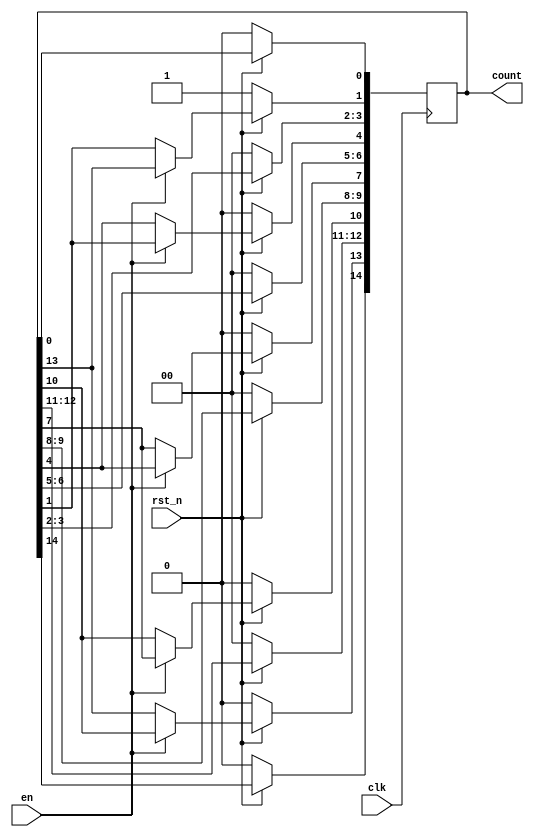
`timescale 1ns / 1ps
//////////////////////////////////////////////////////////////////////////////////
// Company: 
// Engineer: 
// 
// Design Name: 
// Module Name: RingCounterX3_2
// Project Name: 
// Target Devices: 
// Tool Versions: 
// Description: 
// 
// Dependencies: 
// 
// Revision:
// Revision 0.01 - File Created
// Additional Comments:
// 
//////////////////////////////////////////////////////////////////////////////////


module RingCounterX3_2(en, clk, rst_n, count);
    input en, clk, rst_n;
    output reg [14:0] count;
 
    
    always@(posedge clk) begin
        if(!rst_n) begin // reset 
            count <= 15'b000_0000_0000_0010; // count 
        end
        else begin // reset  
            if(en) begin // en = 1  
                count[4] <= count[1];  // RingCounter 
                count[7] <= count[4];  //  1  count[1]
                count[10] <= count[7]; // 1   
                count[13] <= count[10];
                count[1] <= count[13];
            end
        end
    end
endmodule